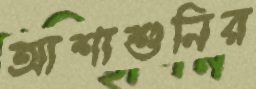
আশাশুনির